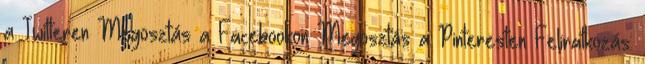
a Twitteren Megosztás a Facebookon Megosztás a Pinteresten Feliratkozás: